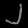
Digit: ၂